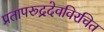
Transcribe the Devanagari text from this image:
प्रतापरूद्रदेवविरचित